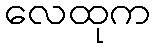
လေထုက